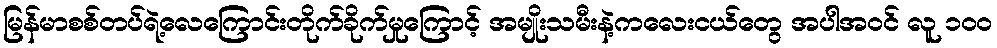
မြန်မာစစ်တပ်ရဲ့လေကြောင်းတိုက်ခိုက်မှုကြောင့် အမျိုးသမီးနဲ့ကလေးငယ်တွေ အပါအဝင် လူ ၁၀၀